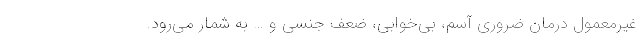
غیرمعمول درمان ضروری آسم، بی‌خوابی، ضعف جنسی و … به شمار می‌رود.